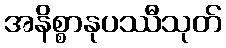
အနိစ္စာနုပဿီသုတ်